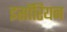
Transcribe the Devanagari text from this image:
इसॉरियन